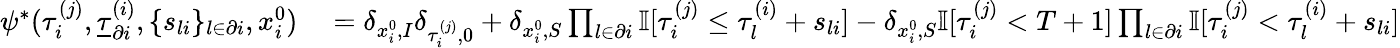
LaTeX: \begin{array}{rl}{\psi^{*}(\tau_{i}^{(j)},\underline{{\tau}}_{\partial i}^{(i)},\{ s_{li}\} _{l\in\partial i},x_{i}^{0})}&{{}=\delta_{x_{i}^{0},I}\delta_{\tau_{i}^{(j)},0}+\delta_{x_{i}^{0},S}\prod_{l\in\partial i}\mathbb{I}[\tau_{i}^{(j)}\leq\tau_{l}^{(i)}+s_{li}]-\delta_{x_{i}^{0},S}\mathbb{I}[\tau_{i}^{(j)}<T+1]\prod_{l\in\partial i}\mathbb{I}[\tau_{i}^{(j)}<\tau_{l}^{(i)}+s_{li}]}\end{array}